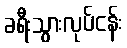
ခရီးသွားလုပ်ငန်း